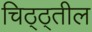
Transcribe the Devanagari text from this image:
चिठ्ठ्तील